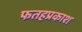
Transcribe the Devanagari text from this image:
फतहप्रकाश